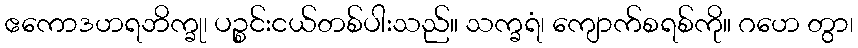
ဧကောဒဟရဘိက္ခု၊ ပဉ္စင်းငယ်တစ်ပါးသည်။ သက္ခရံ၊ ကျောက်စရစ်ကို။ ဂဟေ တွာ၊